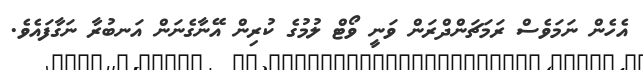
އެހެން ނަމަވެސް ރަމަޗަންދްރަން ވަނީ ވޯޓް ލުމުގެ ކުރިން އޭނާގެނަން އަނބުރާ ނަގާފައެވެ.